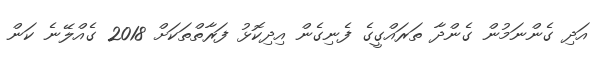
އަދި ގެންނަމުން ގެންދާ ތަރައްގީގެ ފެނިގެން އިދިކޮޅު ފަރާތްތަކަށް 2018 ގެއްލޭނެ ކަން